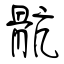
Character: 骯